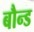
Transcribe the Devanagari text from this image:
बौन्ड